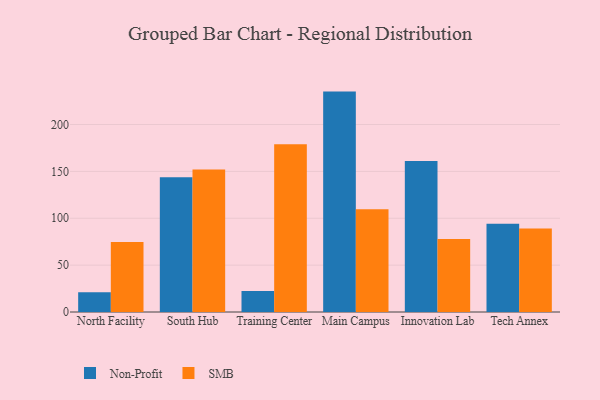
{"axis": {"x": "Campus", "y": "Bounce Rate (%)"}, "legend": ["Non-Profit", "SMB"], "data": [{"x": "North Facility", "y": 21.1, "type": "Non-Profit"}, {"x": "North Facility", "y": 74.7, "type": "SMB"}, {"x": "South Hub", "y": 143.7, "type": "Non-Profit"}, {"x": "South Hub", "y": 152.0, "type": "SMB"}, {"x": "Training Center", "y": 22.5, "type": "Non-Profit"}, {"x": "Training Center", "y": 178.9, "type": "SMB"}, {"x": "Main Campus", "y": 235.1, "type": "Non-Profit"}, {"x": "Main Campus", "y": 109.7, "type": "SMB"}, {"x": "Innovation Lab", "y": 161.0, "type": "Non-Profit"}, {"x": "Innovation Lab", "y": 78.0, "type": "SMB"}, {"x": "Tech Annex", "y": 94.2, "type": "Non-Profit"}, {"x": "Tech Annex", "y": 89.2, "type": "SMB"}]}